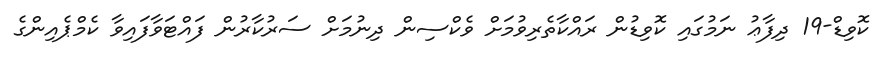
ކޮވިޑް-19 ދިފާޢު ނަމުގައި ކޮވިޑުން ރައްކާތެރިވުމަށް ވެކްސިން ދިނުމަށް ސަރުކާރުން ފައްޓަވާފައިވާ ކެމްޕެއިންގެ